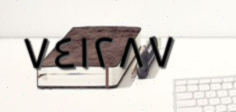
٧٤١٢٨٧